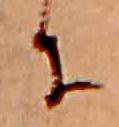
に